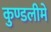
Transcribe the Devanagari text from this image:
कुण्डलीमें